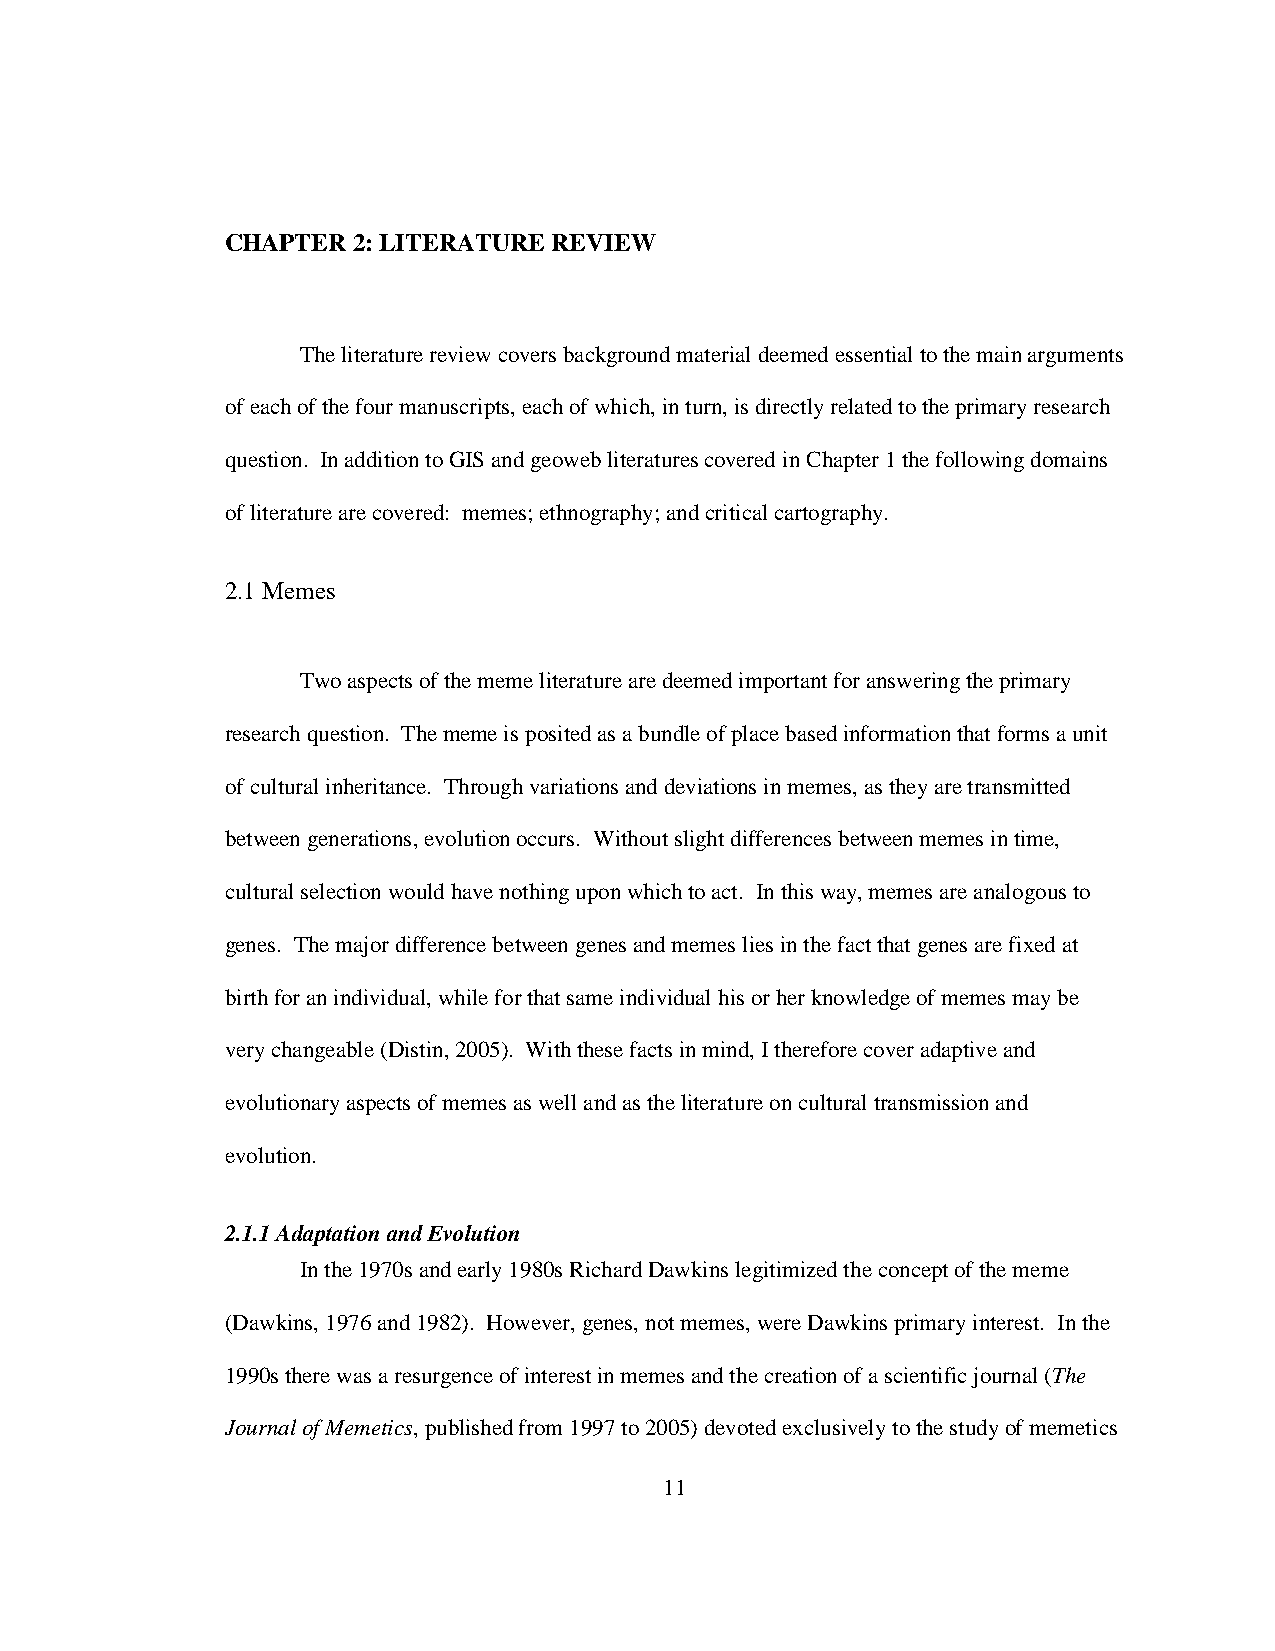
CHAPTER 2: LITERATURE REVIEW
 The literature review covers background material deemed essential to the main arguments
 of each of the four manuscripts, each of which, in turn, is directly related to the primary research
 question. In addition to GIS and geoweb literatures covered in Chapter 1 the following domains
 of literature are covered: memes; ethnography; and critical cartography.
 2.1 Memes
 Two aspects of the meme literature are deemed important for answering the primary
 research question. The meme is posited as a bundle of place based information that forms a unit
 of cultural inheritance. Through variations and deviations in memes, as they are transmitted
 between generations, evolution occurs. Without slight differences between memes in time,
 cultural selection would have nothing upon which to act. In this way, memes are analogous to
 genes. The major difference between genes and memes lies in the fact that genes are fixed at
 birth for an individual, while for that same individual his or her knowledge of memes may be
 very changeable (Distin, 2005). With these facts in mind, I therefore cover adaptive and
 evolutionary aspects of memes as well and as the literature on cultural transmission and
 evolution.
 2.1.1 Adaptation and Evolution
 In the 1970s and early 1980s Richard Dawkins legitimized the concept of the meme
 (Dawkins, 1976 and 1982). However, genes, not memes, were Dawkins primary interest. In the
 1990s there was a resurgence of interest in memes and the creation of a scientific journal (The
 Journal of Memetics, published from 1997 to 2005) devoted exclusively to the study of memetics
 11